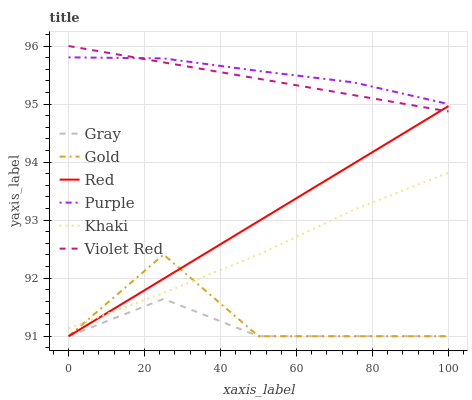
| xaxis_label | Gray | Gold | Red | Purple | Khaki | Violet Red |
 | --- | --- | --- | --- | --- | --- | --- |
 | 0 | 91 | 91 | 91 | 95.8 | 91.1 | 96 |
 | 25 | 91.6 | 92.4 | 92 | 95.8 | 91.7 | 95.7 |
 | 50 | 91 | 91 | 93 | 95.6 | 92.4 | 95.4 |
 | 75 | 91 | 91 | 94 | 95.4 | 93.2 | 95.2 |
 | 100 | 91 | 91 | 95 | 95 | 93.8 | 94.9 |